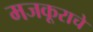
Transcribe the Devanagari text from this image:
मजकूराचे